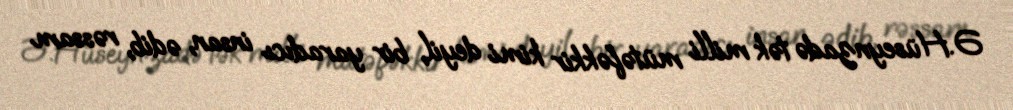
Ə.Hüseynzadə tək milli mütəfəkkir kimi deyil, bir yaradıcı insan, ədib, rəssam